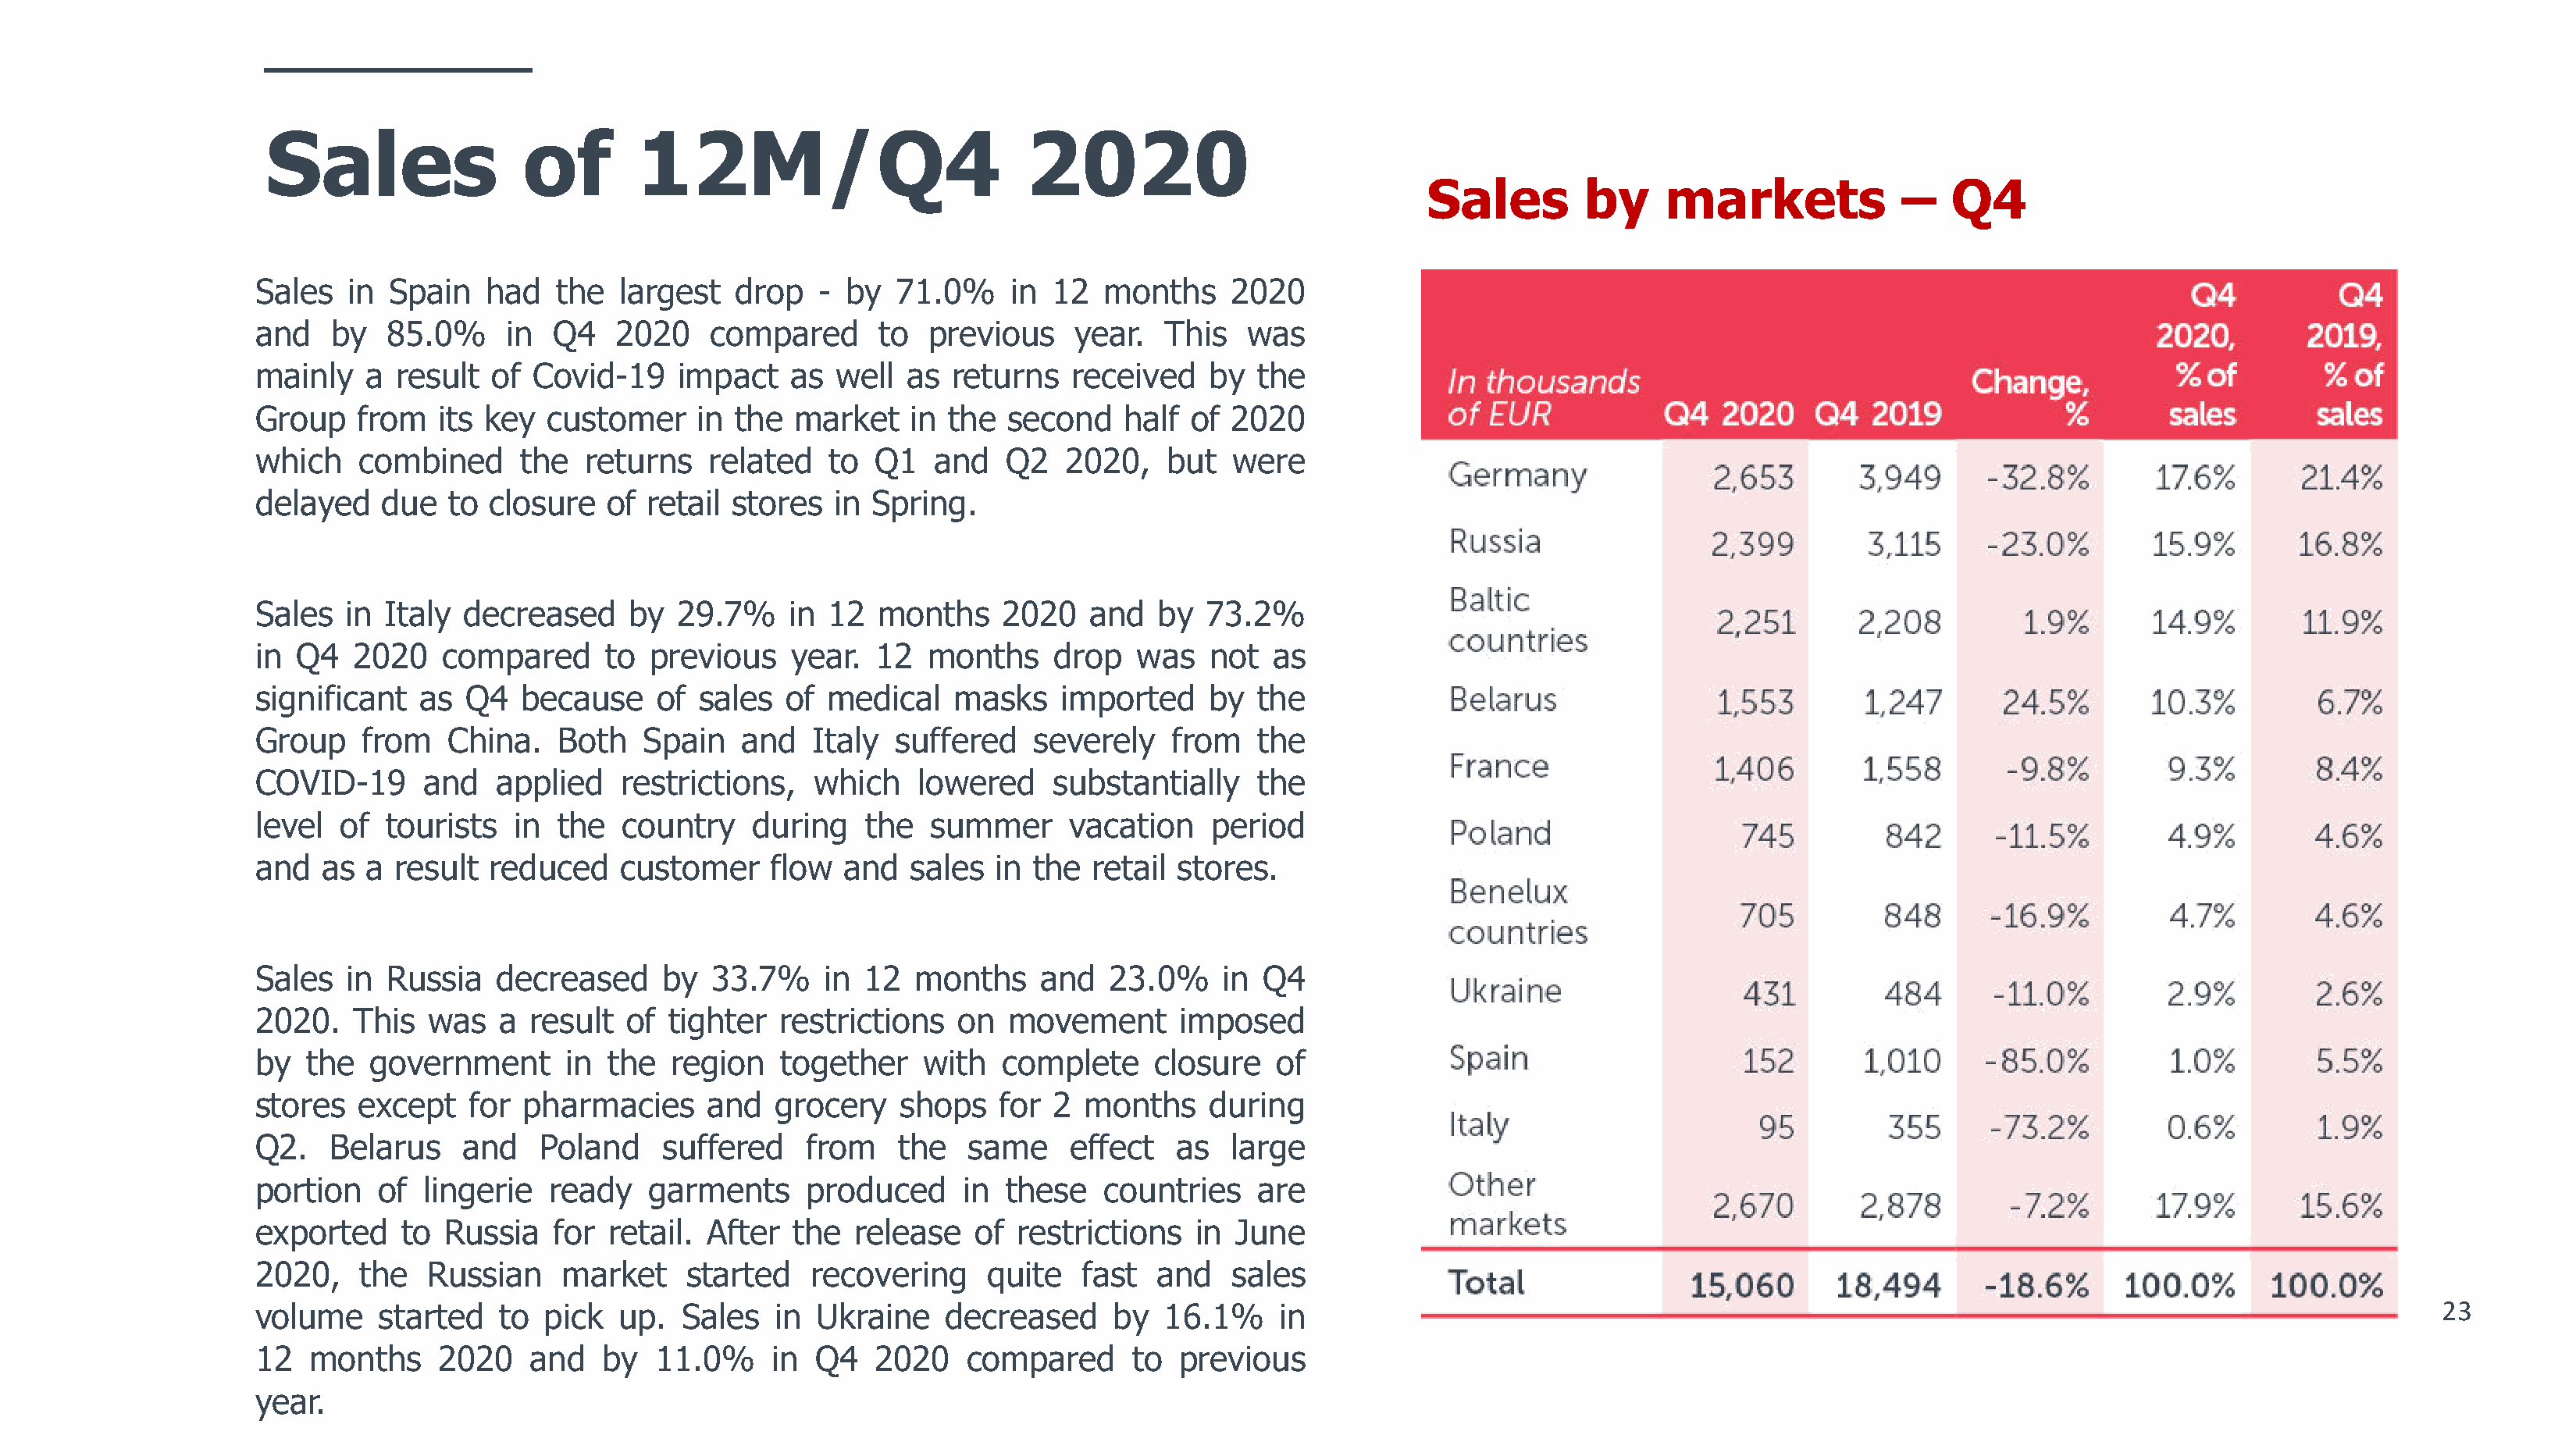
Sales                of        12M/Q4                           2020
 Sales        by     markets                 Q4
 –
 Sales  in  Spain   had   the   largest  drop   -  by  71.0%     in 12   months    2020
 and   by   85.0%     in  Q4   2020    compared      to   previous    year.   This   was
 mainly   a  result  of Covid-19    impact    as  well  as  returns   received   by   the
 Group   from   its key  customer     in the  market    in the  second    half  of 2020
 which   combined      the   returns   related   to  Q1   and   Q2   2020,    but  were
 delayed   due   to closure   of  retail stores   in Spring.
 Sales  in  Italy decreased     by  29.7%     in 12  months     2020   and   by  73.2%
 in Q4   2020   compared      to  previous    year.  12   months    drop   was   not   as
 significant   as Q4   because     of sales   of medical    masks    imported    by   the
 Group    from   China.   Both    Spain   and   Italy  suffered    severely   from    the
 COVID-19      and   applied    restrictions,   which    lowered    substantially     the
 level  of  tourists   in the   country    during   the   summer      vacation    period
 and  as  a result  reduced     customer    flow   and  sales  in  the  retail stores.
 Sales  in  Russia   decreased     by  33.7%     in 12   months    and   23.0%     in Q4
 2020.   This  was   a  result  of  tighter  restrictions   on  movement       imposed
 by  the  government       in the   region   together    with   complete     closure   of
 stores  except    for pharmacies      and   grocery   shops    for 2  months     during
 Q2.   Belarus    and    Poland    suffered    from    the   same     effect   as  large
 portion   of  lingerie   ready   garments     produced      in these    countries    are
 exported    to  Russia   for  retail. After  the  release    of restrictions   in  June
 2020,   the   Russian     market    started    recovering     quite   fast  and   sales
 23
 volume    started   to  pick  up.   Sales   in Ukraine    decreased     by   16.1%    in
 12  months     2020    and   by  11.0%     in  Q4   2020    compared      to  previous
 year.